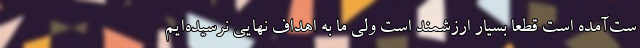
ست‌آمده است قطعاً بسیار ارزشمند است ولی ما به اهداف نهایی نرسیده‌ایم